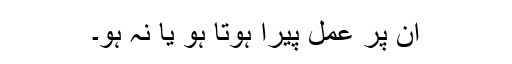
ان پر عمل پیرا ہوتا ہو یا نہ ہو۔